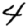
Digit: 4